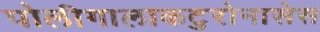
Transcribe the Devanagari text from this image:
पोलीगालाकटुरोनासेस